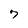
Character: 7